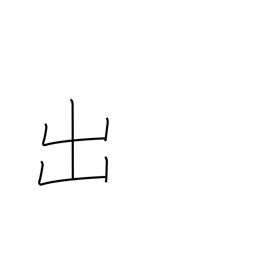
Meaning: exit